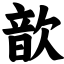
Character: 歆